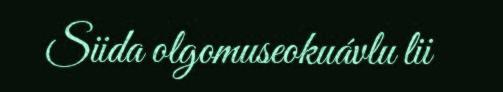
Siida olgomuseokuávlu lii